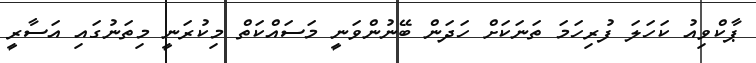
ޕާކްވިއު ކަހަލަ ފުރިހަމަ ތަނަކަށް ހަދަން ބޭނުންވަނީ މަސައްކަތް މިކުރަނީ މިތަނުގައި އަސާރީ